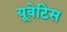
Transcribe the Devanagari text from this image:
यूवेटिस